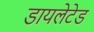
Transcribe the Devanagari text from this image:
डायलेटेड